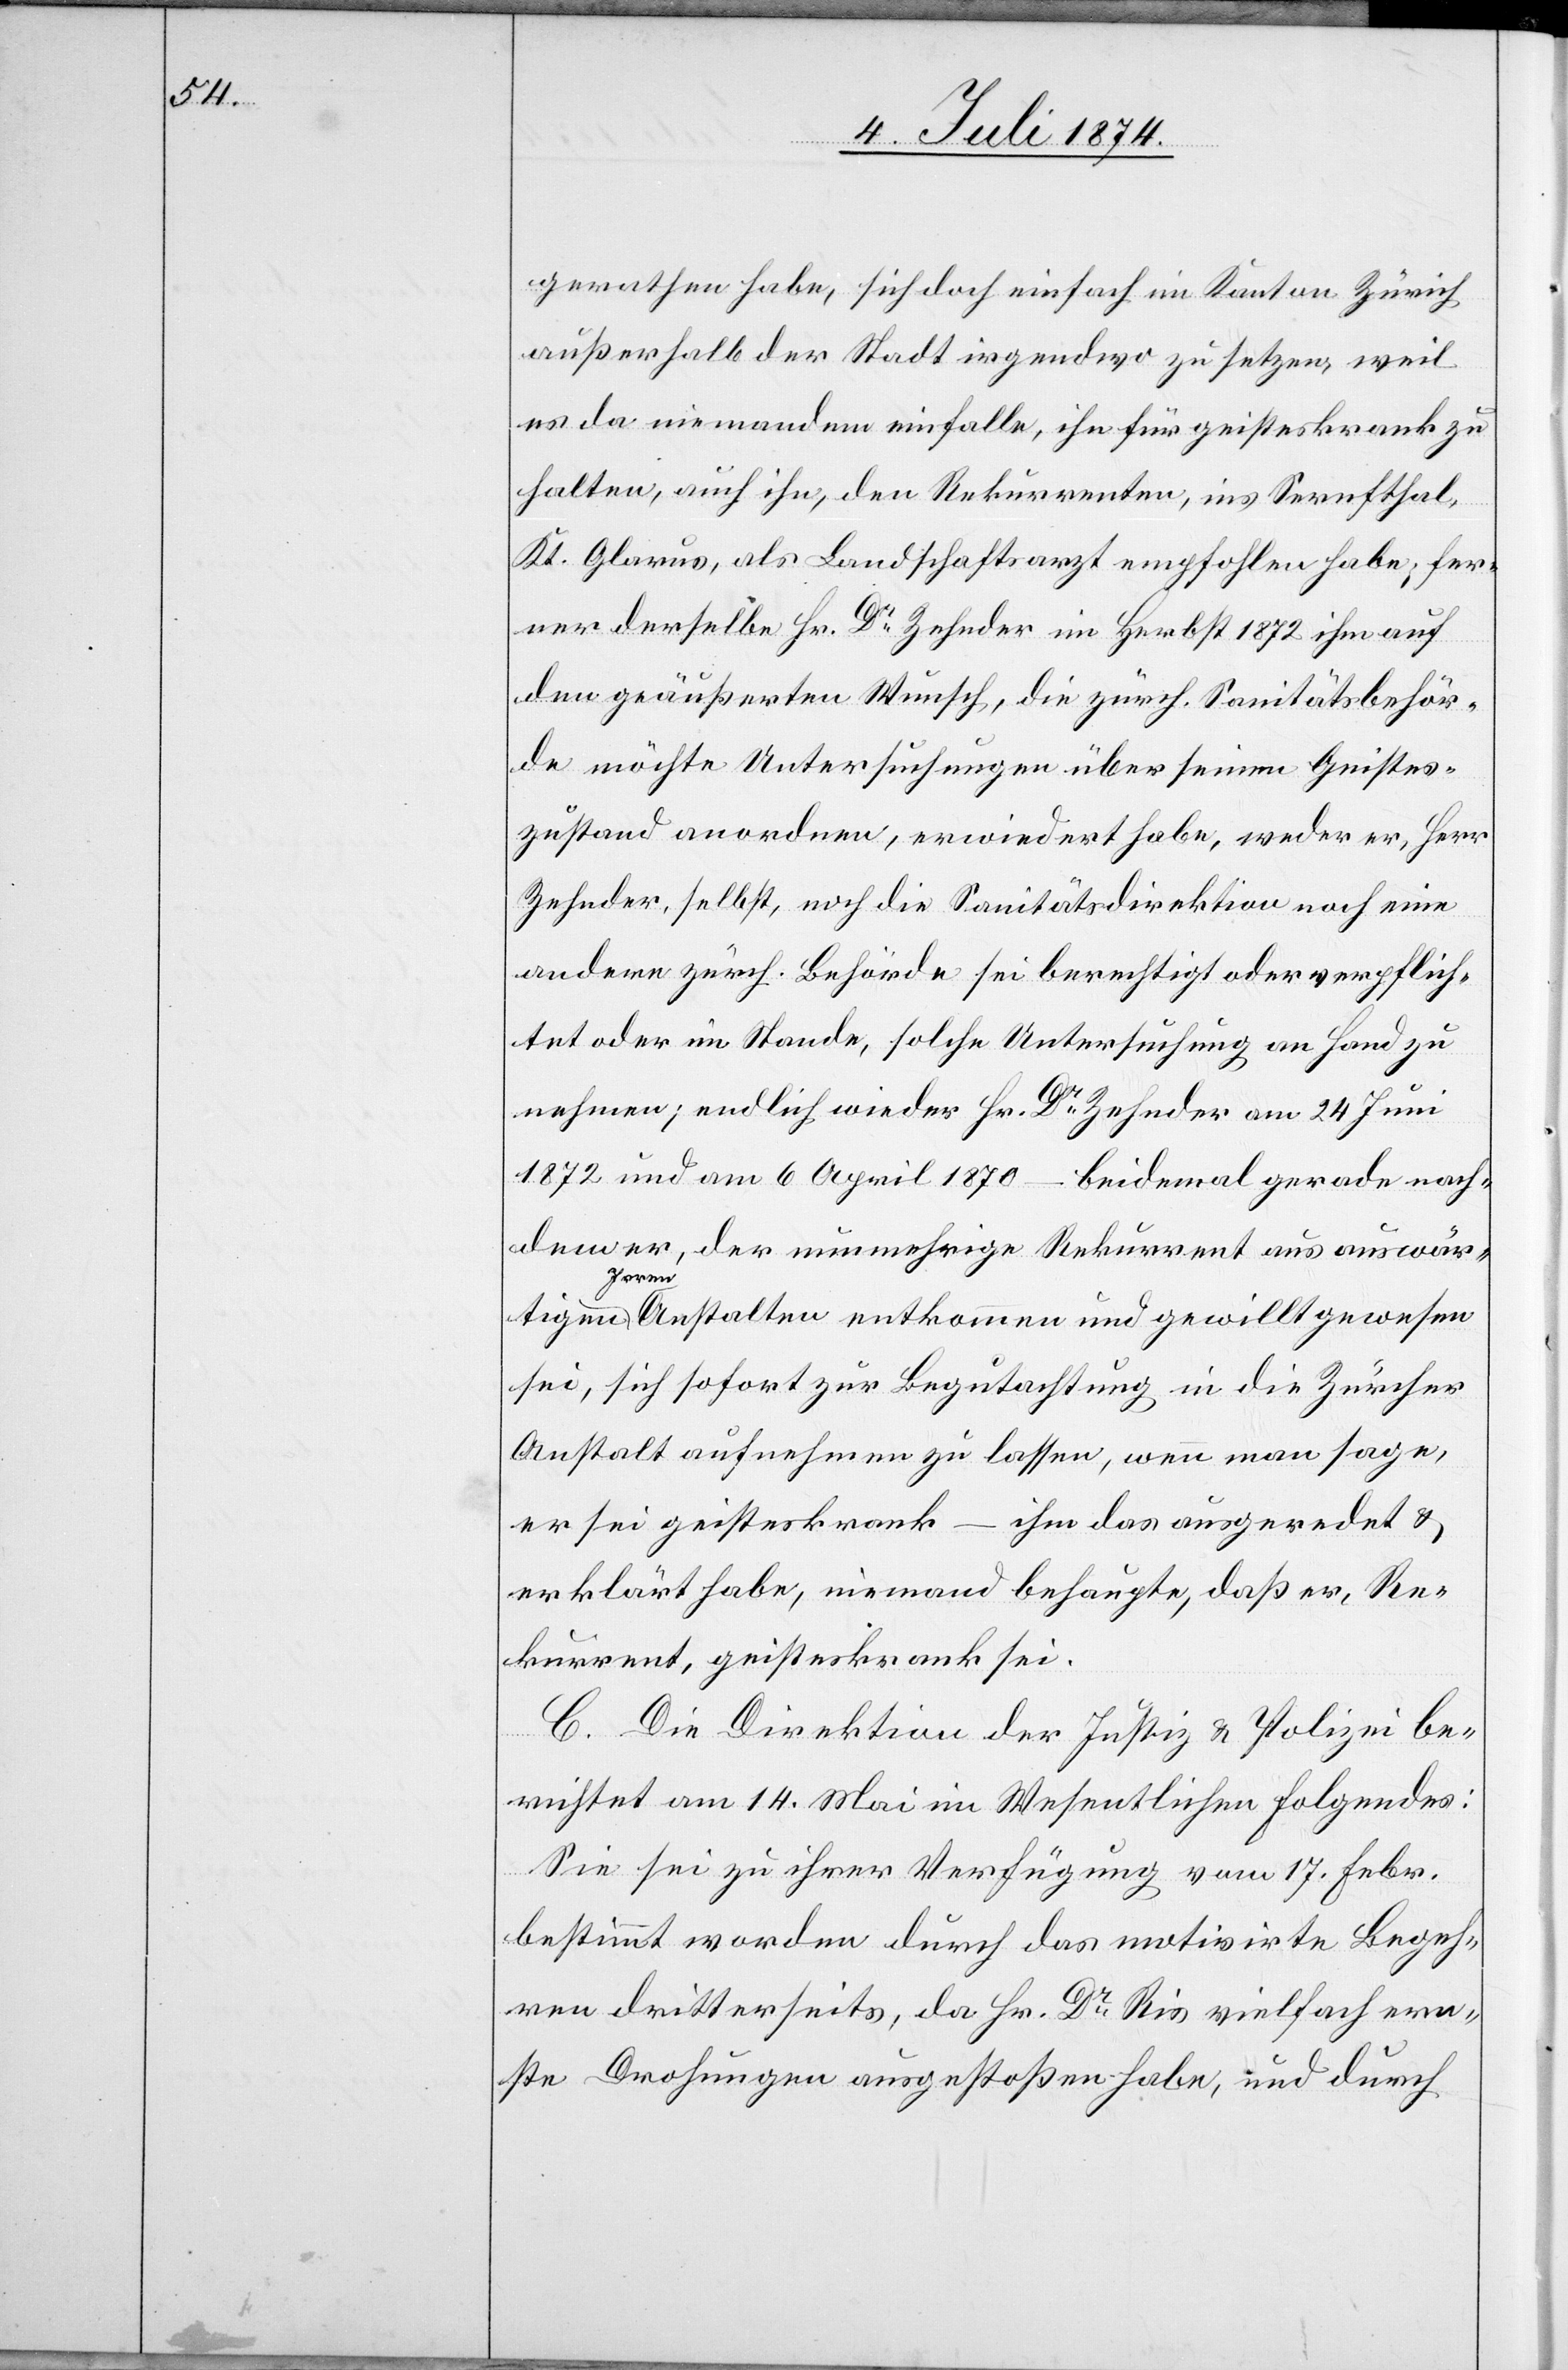
gerathen habe, sich doch einfach im Kanton Zürich
außerhalb der Stadt irgendwo zu setzen, weil
es da niemandem einfalle, ihn für geisteskrank zu
halten, auch ihn, den Rekurrenten, ins Sernfthal,
Kt. Glarus, als Landschaftsarzt empfohlen habe; fer¬
ner derselbe Hr. Dr Zehnder im Herbst 1872 ihm auf
den geäußerten Wunsch, die zürch. Sanitätsbehör¬
de möchte Untersuchungen über seinen Geistes¬
zustand anordnen, erwiedert habe, weder er, Herr
Zehnder, selbst, noch die Sanitätsdirektion noch eine
andere zürch. Behörde sei berechtigt oder verpflich¬
tet oder im Stande, solche Untersuchung an Hand zu
nehmen; endlich wieder Hr. Dr Zehnder am 24. Juni
1872 und am 6. April 1870 – beidemal gerade nach¬
dem er, der nunmehrige Rekurrent aus auswär¬
tigen Irrenanstalten entkommen und gewillt gewesen
sei, sich sofort zur Begutachtung in die Zürcher
Anstalt aufnehmen zu lassen, wenn man sage,
er sei geisteskrank – ihm das ausgeredet u.
erklärt habe, niemand behaupte, daß er, Re¬
kurrent, geisteskrank sei.
C. Die Direktion der Justiz u. Polizei be¬
richtet am 14. Mai im Wesentlichen Folgendes:
Sie sei zu ihrer Verfügung vom 17. Febr.
bestimmt worden durch das motivirte Begeh¬
ren dritterseits, da Hr. Dr Ris vielfach ern¬
ste Drohungen ausgestoßen habe, und durch